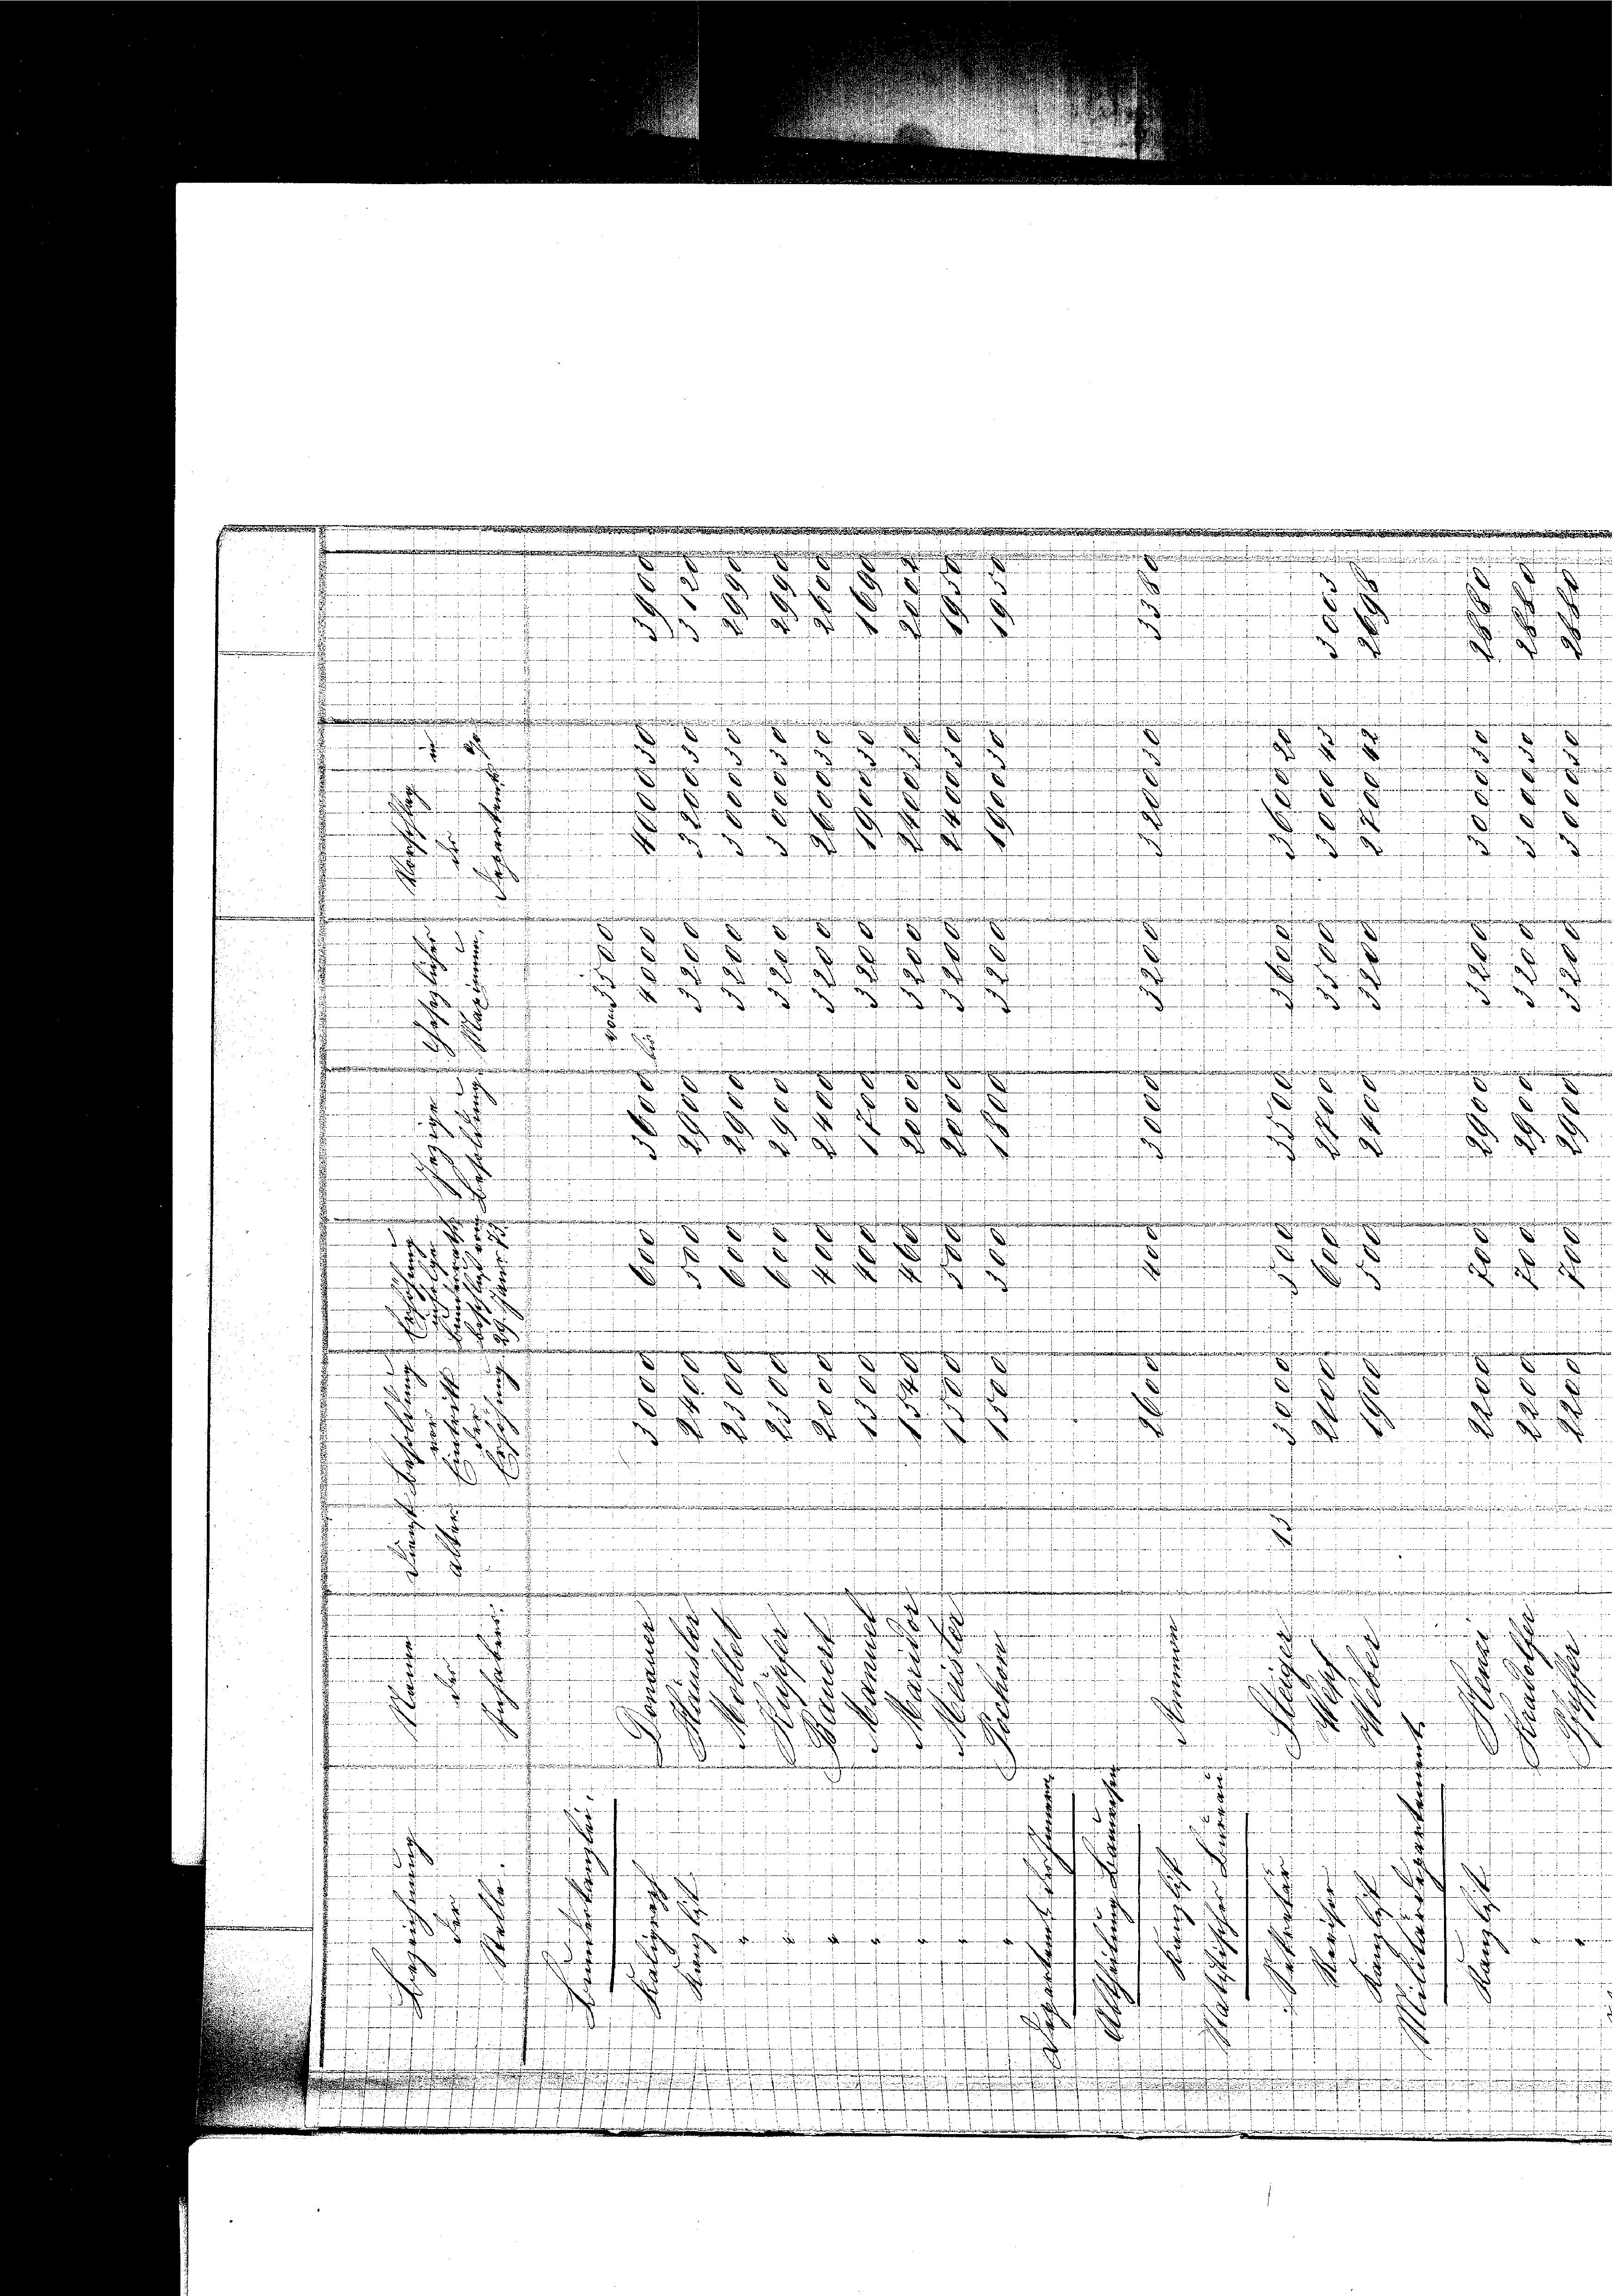
rnereien ein

d

nsendung ein fr.
.
.
.
......................
e
.

.

.
.
n
i

e
.
d
e
x
2

jene
d
e
F
 27

d
2

Z
1

er

i
a
weise einen
n
.
f
¬
n
ne
e
e
 einer in den er die ihrer
gereit werden
iariani in einanzen u in der zu

2

Limoniome
in ein ge

d
Kn

d
24/4

i
aesen, wenigereinigen

¬
d
.
n
winder werden Zimmer der den
.

cheinigen Hermagen, den in der ni

3
1
e
.
e
u
msig immers
esung einem eigen
dan
—

e
 en diesen gereinigen
2
ini
fregungswesenen gegen sie ein von im
oerinte
 verseit eine

.
.
d
nieren wi
esammen in
.
.
unfermeisten hienen unsern sei

5
ence de rechen den
e

 . . . . .
d
e
.

ei
..............................
¬

.
.
............................

.
e
d
d
mchen des se
de – einen
Ernen
2

.
uer

.
u
r
t
i .........
.
d
d

n einen
n

e
..........................

n
d

.
.
.

.
e
.
.
e

f
4

r Momentare ve

.

e

.

..............

e
i
.
d